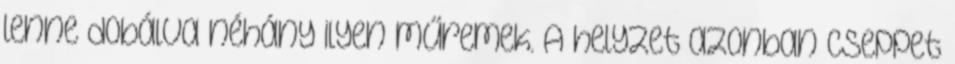
lenne dobálva néhány ilyen műremek. A helyzet azonban cseppet